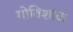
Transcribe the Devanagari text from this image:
गोविशांक